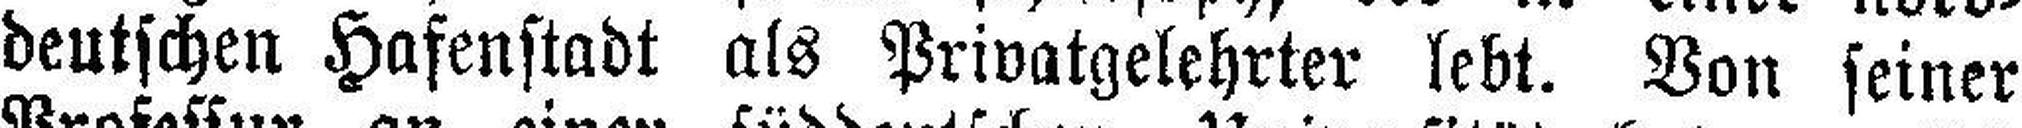
deutschen Hafenstadt als Privatgelehrter lebt. Von seiner